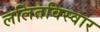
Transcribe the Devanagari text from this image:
ललितविस्वार